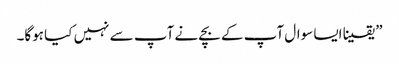
” یقینا ایسا سوال آپ کے بچے نے آپ سے نہیں کیا ہوگا۔